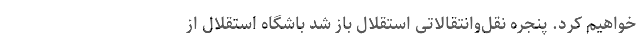
خواهیم کرد. پنجره نقل‌وانتقالاتی استقلال باز شد باشگاه استقلال از